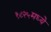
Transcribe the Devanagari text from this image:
१८२५मध्ये